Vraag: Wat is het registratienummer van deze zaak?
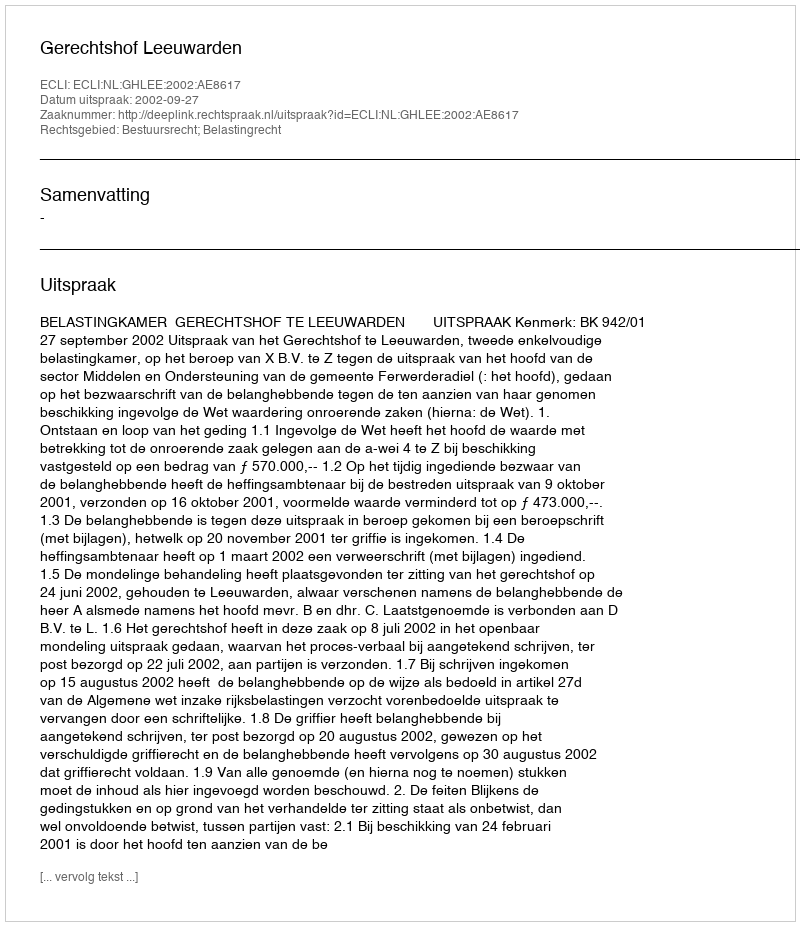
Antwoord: http://deeplink.rechtspraak.nl/uitspraak?id=ECLI:NL:GHLEE:2002:AE8617